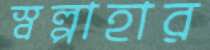
স্বল্পাহার